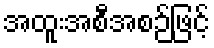
အထူးအစီအစဉ်ဖြင့်